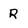
Character: R